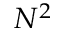
N ^ { 2 }